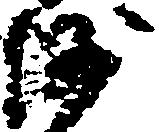
沙